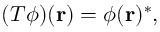
( T \phi ) ( { \mathbf { r } } ) = \phi ( { \mathbf { r } } ) ^ { * } ,